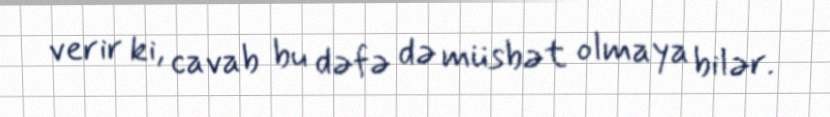
verir ki, cavab bu dəfə də müsbət olmaya bilər.